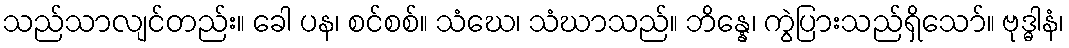
သည်သာလျင်တည်း။ ခေါ ပန၊ စင်စစ်။ သံဃေ၊ သံဃာသည်။ ဘိန္နေ၊ ကွဲပြားသည်ရှိသော်။ ဗုဒ္ဓါနံ၊